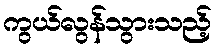
ကွယ်လွန်သွားသည့်